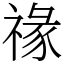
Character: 禒